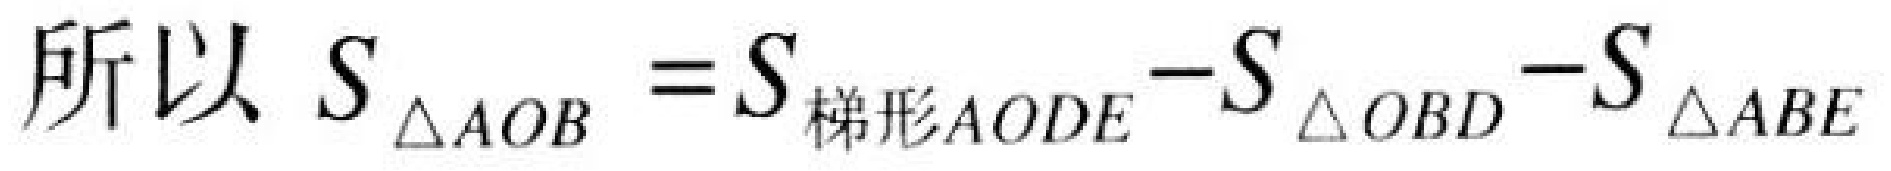
所以 \(S_{\triangle AOB}=S_{梯形AODE}-S_{\triangle OBD}-S_{\triangle ABE}\)